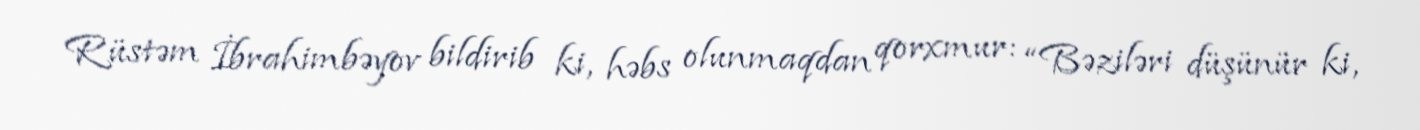
Rüstəm İbrahimbəyov bildirib ki, həbs olunmaqdan qorxmur: “Bəziləri düşünür ki,